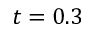
t = 0 . 3